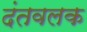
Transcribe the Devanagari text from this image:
दंतवलक